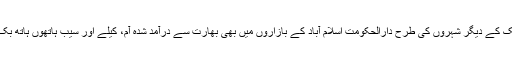
ان دنوں ملک کے دیگر شہروں کی طرح دارالحکومت اسلام آباد کے بازاروں میں بھی بھارت سے درآمد شدہ آم، کیلے اور سیب ہاتھوں ہاتھ بک رہے ہیں۔